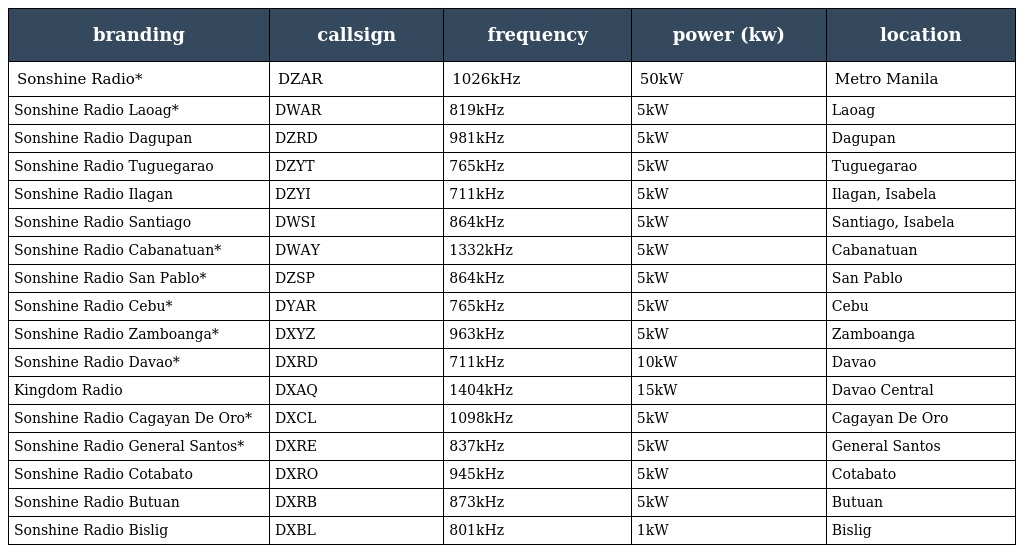
| branding | callsign | frequency | power (kw) | location |
 | --- | --- | --- | --- | --- |
 | Sonshine Radio* | DZAR | 1026kHz | 50kW | Metro Manila |
 | Sonshine Radio Laoag* | DWAR | 819kHz | 5kW | Laoag |
 | Sonshine Radio Dagupan | DZRD | 981kHz | 5kW | Dagupan |
 | Sonshine Radio Tuguegarao | DZYT | 765kHz | 5kW | Tuguegarao |
 | Sonshine Radio Ilagan | DZYI | 711kHz | 5kW | Ilagan, Isabela |
 | Sonshine Radio Santiago | DWSI | 864kHz | 5kW | Santiago, Isabela |
 | Sonshine Radio Cabanatuan* | DWAY | 1332kHz | 5kW | Cabanatuan |
 | Sonshine Radio San Pablo* | DZSP | 864kHz | 5kW | San Pablo |
 | Sonshine Radio Cebu* | DYAR | 765kHz | 5kW | Cebu |
 | Sonshine Radio Zamboanga* | DXYZ | 963kHz | 5kW | Zamboanga |
 | Sonshine Radio Davao* | DXRD | 711kHz | 10kW | Davao |
 | Kingdom Radio | DXAQ | 1404kHz | 15kW | Davao Central |
 | Sonshine Radio Cagayan De Oro* | DXCL | 1098kHz | 5kW | Cagayan De Oro |
 | Sonshine Radio General Santos* | DXRE | 837kHz | 5kW | General Santos |
 | Sonshine Radio Cotabato | DXRO | 945kHz | 5kW | Cotabato |
 | Sonshine Radio Butuan | DXRB | 873kHz | 5kW | Butuan |
 | Sonshine Radio Bislig | DXBL | 801kHz | 1kW | Bislig |